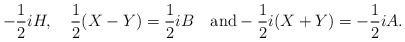
LaTeX: \begin{align*} -\frac12iH,\quad\frac12(X-Y)=\frac12iB\quad\mbox{and} -\frac12i(X+Y)=-\frac12iA.\end{align*}